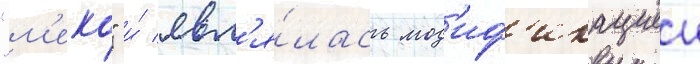
"м'еко" и́ явл'я́лась мод'иф'икациеи